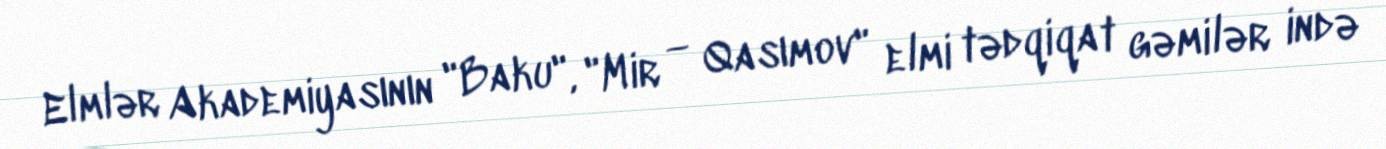
Elmlər Akademiyasının "Baku", "Mir — Qasımov" elmi tədqiqat gəmilər ində